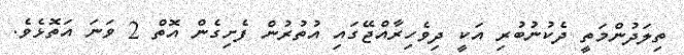
ތިލަދުންމަތީ ދެކުނުބުރި އަކީ ދިވެހިރާއްޖޭގައި އުތުރުން ފެށިގެން އޮތް 2 ވަނަ އަތޮޅެވެ.